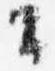
公